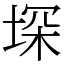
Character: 堔